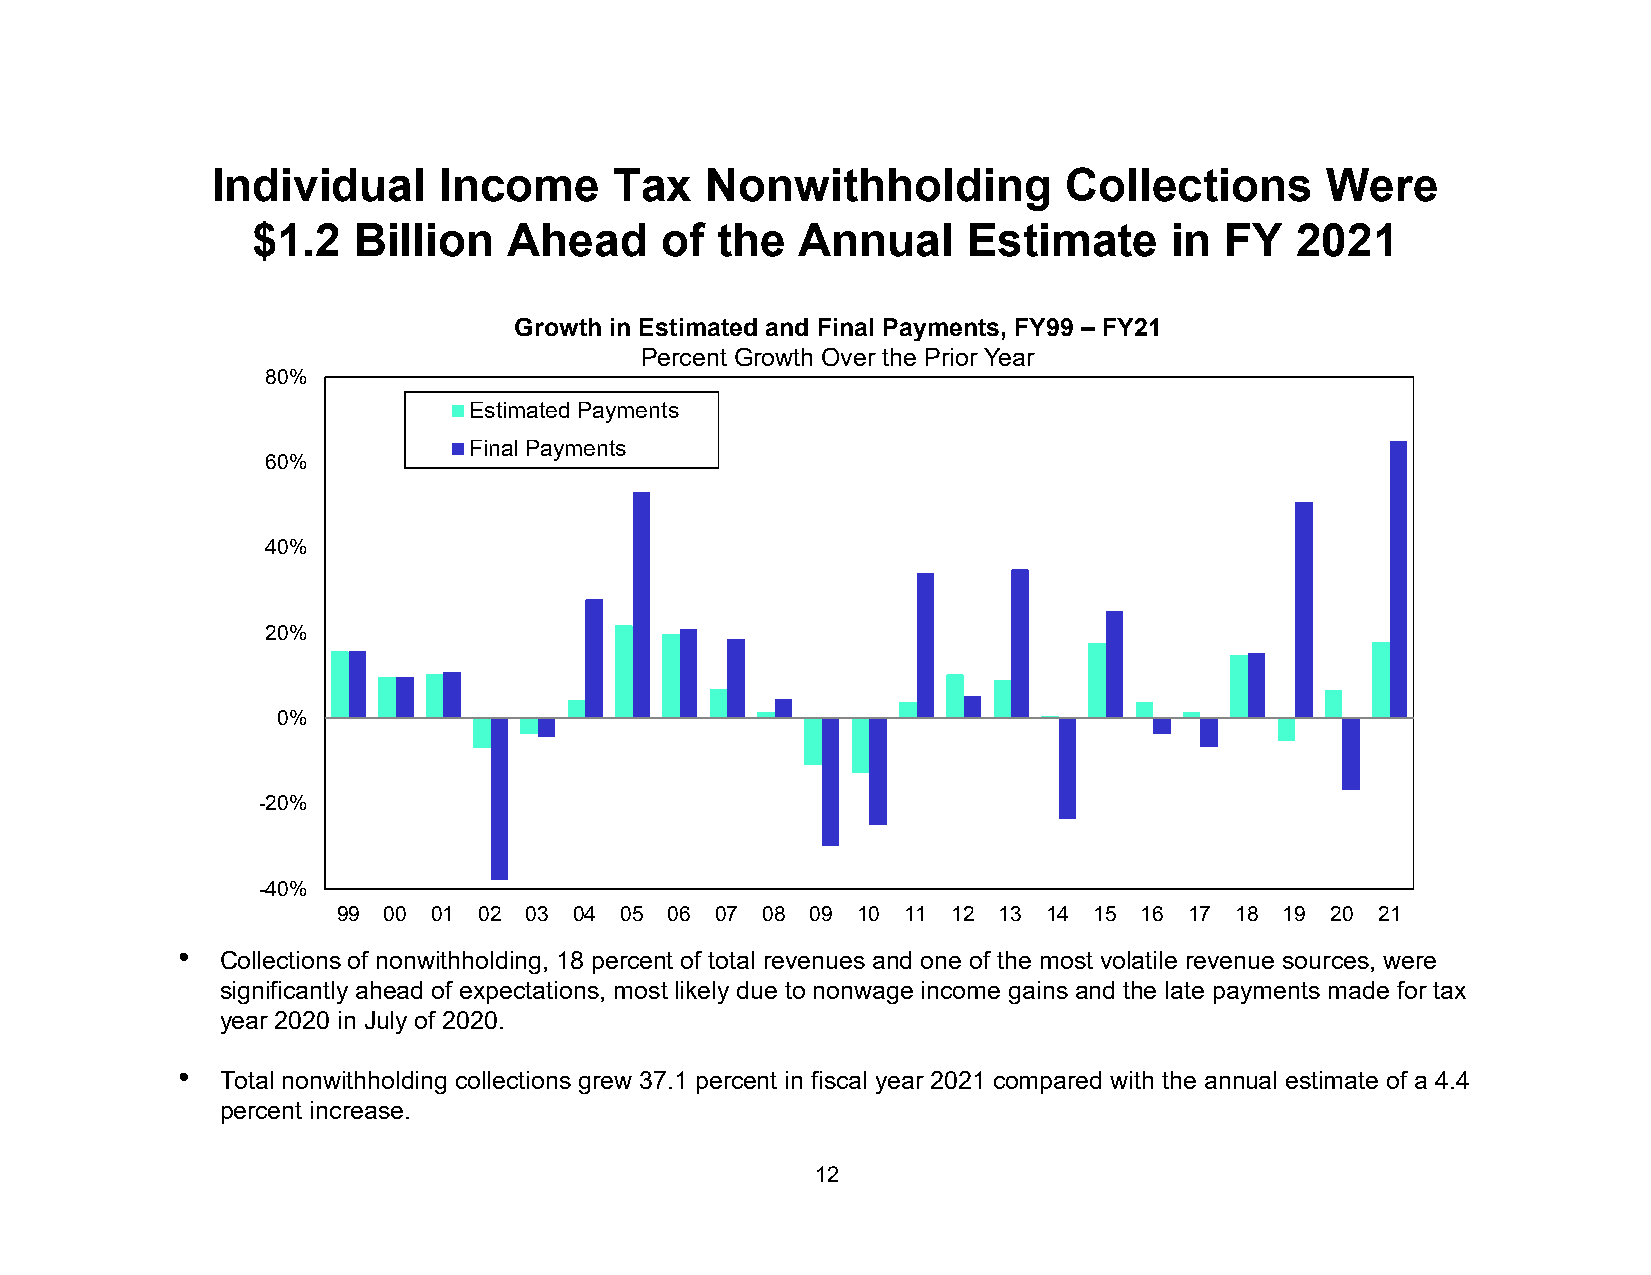
Individual     Income      Tax   Nonwithholding          Collections      Were
 $1.2  Billion    Ahead     of the   Annual     Estimate      in FY   2021
 Growth in Estimated and Final Payments, FY99 – FY21
 Percent Growth Over the Prior Year
 80%
 Estimated Payments
 Final Payments
 60%
 40%
 20%
 0%
 -20%
 -40%
 99 00  01 02 03 04 05 06 07 08  09 10 11 12 13 14 15  16 17 18 19 20 21
 •
 Collections of nonwithholding, 18 percent of total revenues and one of the most volatile revenue sources, were
 significantly ahead of expectations, most likely due to nonwage income gains and the late payments made for tax
 year 2020 in July of 2020.
 •
 Total nonwithholding collections grew 37.1 percent in fiscal year 2021 compared with the annual estimate of a 4.4
 percent increase.
 12